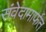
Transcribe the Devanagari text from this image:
संवेदामार्फत